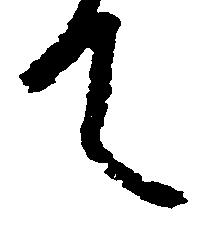
て